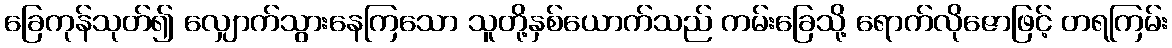
ခြေကုန်သုတ်၍ လျှောက်သွားနေကြသော သူတို့နှစ်ယောက်သည် ကမ်းခြေသို့ ရောက်လိုဇောဖြင့် တရကြမ်း